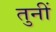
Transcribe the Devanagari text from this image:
तुनीं